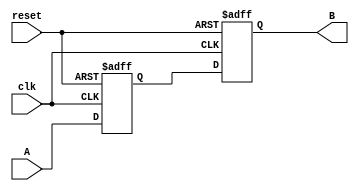
module Delay #(parameter T = 10) (
    input wire A,             // Input signal
    input wire clk,          // Clock signal
    input wire reset,        // Reset signal
    output reg B             // Output signal
);

// State variable to hold the value of A
reg A_reg;

// Process for handling the delay
always @(posedge clk or posedge reset) begin
    if (reset) begin
        // If reset is activated, set output to predefined state (e.g., low)
        B <= 1'b0; // Change to 1'b1 if you want high on reset
        A_reg <= 1'b0; // Reset the registered input signal
    end else begin
        // Capture the input signal A on the rising edge of the clock
        A_reg <= A;

        // Introduce delay using a time-controlled procedure
        #T B <= A_reg; // Assign the delayed value to output after delay T
    end
end

endmodule